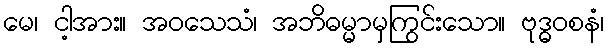
မေ၊ ငါ့အား။ အဝသေသံ၊ အဘိဓမ္မာမှကြွင်းသော။ ဗုဒ္ဓဝစနံ၊